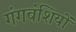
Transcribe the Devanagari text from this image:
गंगवंशियों